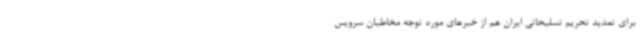
برای تمدید تحریم تسلیحاتی ایران هم از خبرهای مورد توجه مخاطبان سرویس